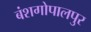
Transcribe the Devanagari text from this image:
बंशगोपालपुर